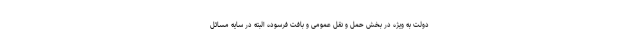
دولت به ویژه در بخش حمل و نقل عمومی و بافت فرسوده البته در سایه مسائل